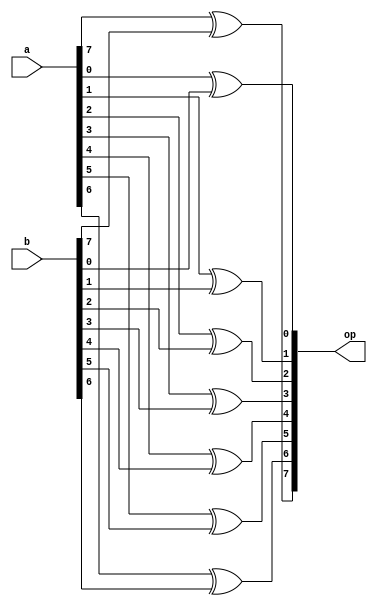
module xor_8_bit(
	input [7:0] a,
	input [7:0] b,
	output reg [7:0] op
);

	integer i;
	
	always @(*) begin
		for(i=0; i<8; i=i+1) begin
			op[i] = a[i] ^ b[i];
		end
	end

endmodule